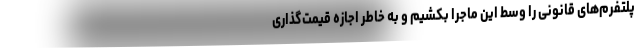
پلتفرم‌های قانونی را وسط این ماجرا بکشیم و به خاطر اجازه قیمت‌گذاری